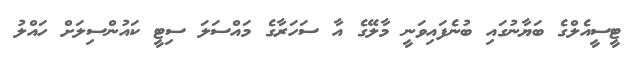
ޓީސީއެލްގެ ބަޔާނުގައި ބުނެފައިވަނީ މާލޭގެ އާ ސަހަރާގެ މައްސަލަ ސިޓީ ކައުންސިލަށް ހައްލު